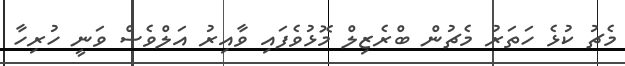
މެޗު ކުޅެ ހަތަރު މެޗުން ބްރެޒިލް މޮޅުވެފައި ވާއިރު އަލްވެސް ވަނީ ހުރިހާ